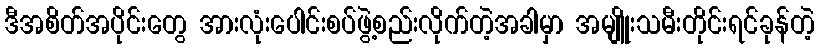
ဒီအစိတ်အပိုင်းတွေ အားလုံးပေါင်းစပ်ဖွဲ့စည်းလိုက်တဲ့အခါမှာ အမျိူးသမီးတိုင်းရင်ခုန်တဲ့